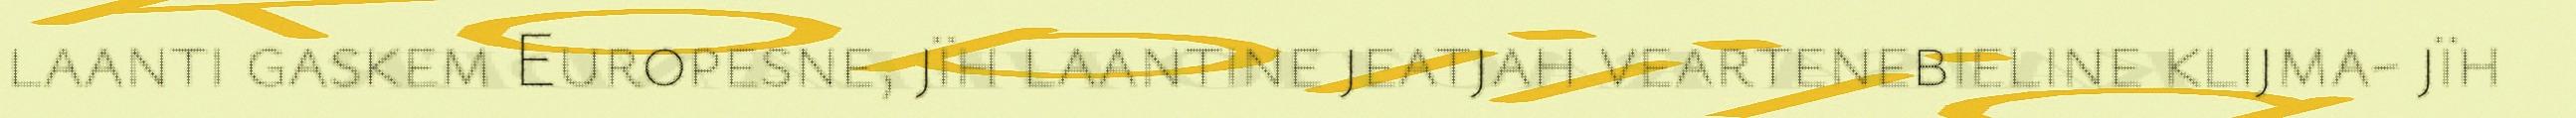
laanti gaskem Europesne, jïh laantine jeatjah veartenebieline klijma- jïh